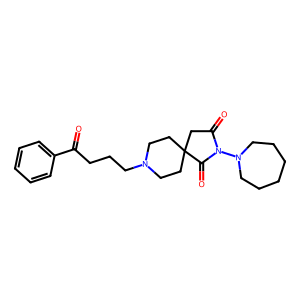
SMILES: O=C(CCCN1CCC2(CC1)CC(=O)N(N1CCCCCC1)C2=O)c1ccccc1
Inhibits HIV replication: No